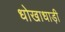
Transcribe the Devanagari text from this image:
धोखाधाड़ी